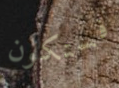
فستكون